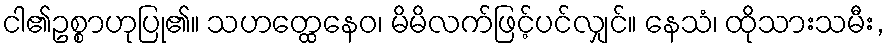
ငါ၏ဥစ္စာဟုပြု၏။ သဟတ္ထေနေဝ၊ မိမိလက်ဖြင့်ပင်လျှင်။ နေသံ၊ ထိုသားသမီး,